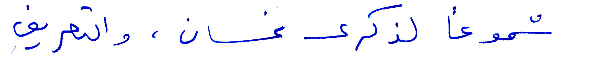
شموعًا لذكرى غسان، والتعريف